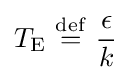
T_{\rm {E}}\ {\stackrel {\mathrm {def} }{=}}\ {\epsilon  \over k}